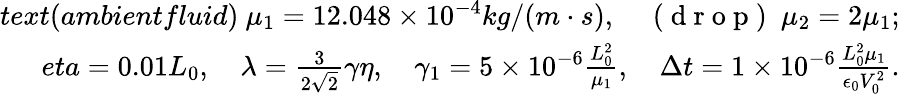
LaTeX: \begin{array}{rl}{text{(ambientfluid)}\ \mu_{1}=12.048\times 10^{-4}kg/(m\cdot s),\quad\mathrm{~(~d~r~o~p~)~}\ \mu_{2}=2\mu_{1};}\\ {eta=0.01L_{0},\quad\lambda=\frac{3}{2\sqrt{2}}\gamma\eta,\quad\gamma_{1}=5\times 10^{-6}\frac{L_{0}^{2}}{\mu_{1}},\quad\Delta t=1\times 10^{-6}\frac{L_{0}^{2}\mu_{1}}{\epsilon_{0}V_{0}^{2}}.}\end{array}